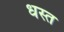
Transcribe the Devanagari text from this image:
धस्त